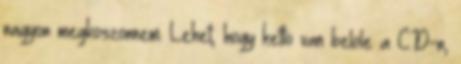
nagyon megkoszonnem. Lehet, hogy ketto van belole a CD-n,